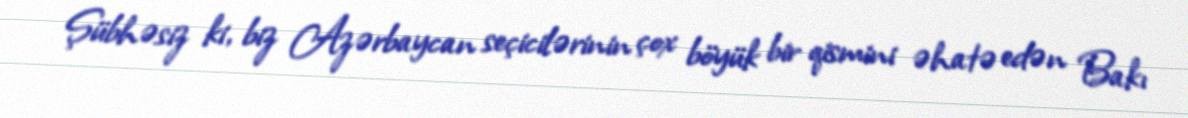
Şübhəsiz ki, biz Azərbaycan seçicilərinin çox böyük bir qismini əhatə edən Bakı